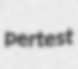
pertest